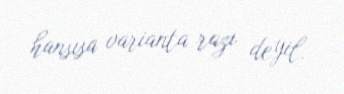
hansısa varianta razı deyil.